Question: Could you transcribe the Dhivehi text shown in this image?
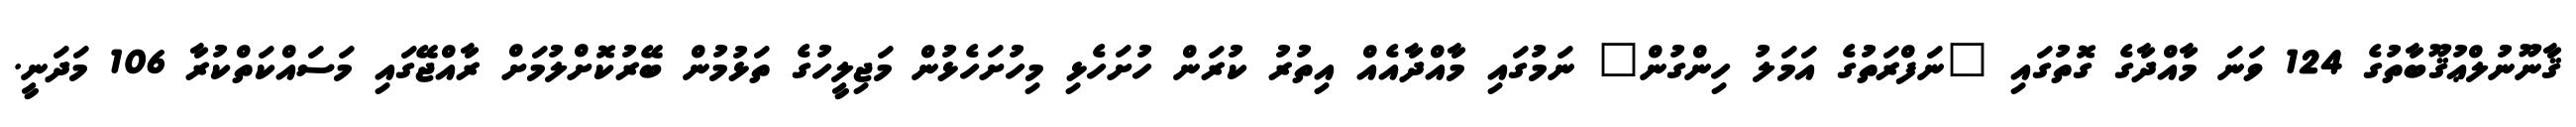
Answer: ޤާނޫނުލްޢުޤޫބާތުގެ 124 ވަނަ މާއްދާގެ ގޮތުގައި "ނަފްރަތުގެ އަމަލު ހިންގުން" ނަމުގައި މާއްދާއެއް އިތުރު ކުރަން ހުށަހެޅި މިހުށަހެޅުން މަޖިލީހުގެ ތަޅުމުން ބޭރުކޮށްލުމަށް ރާއްޖޭގައި މަސައްކަތްކުރާ 106 މަދަނީ.